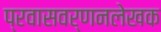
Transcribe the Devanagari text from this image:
प्रवासवर्णनलेखक